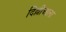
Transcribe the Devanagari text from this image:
दिल्लीआला